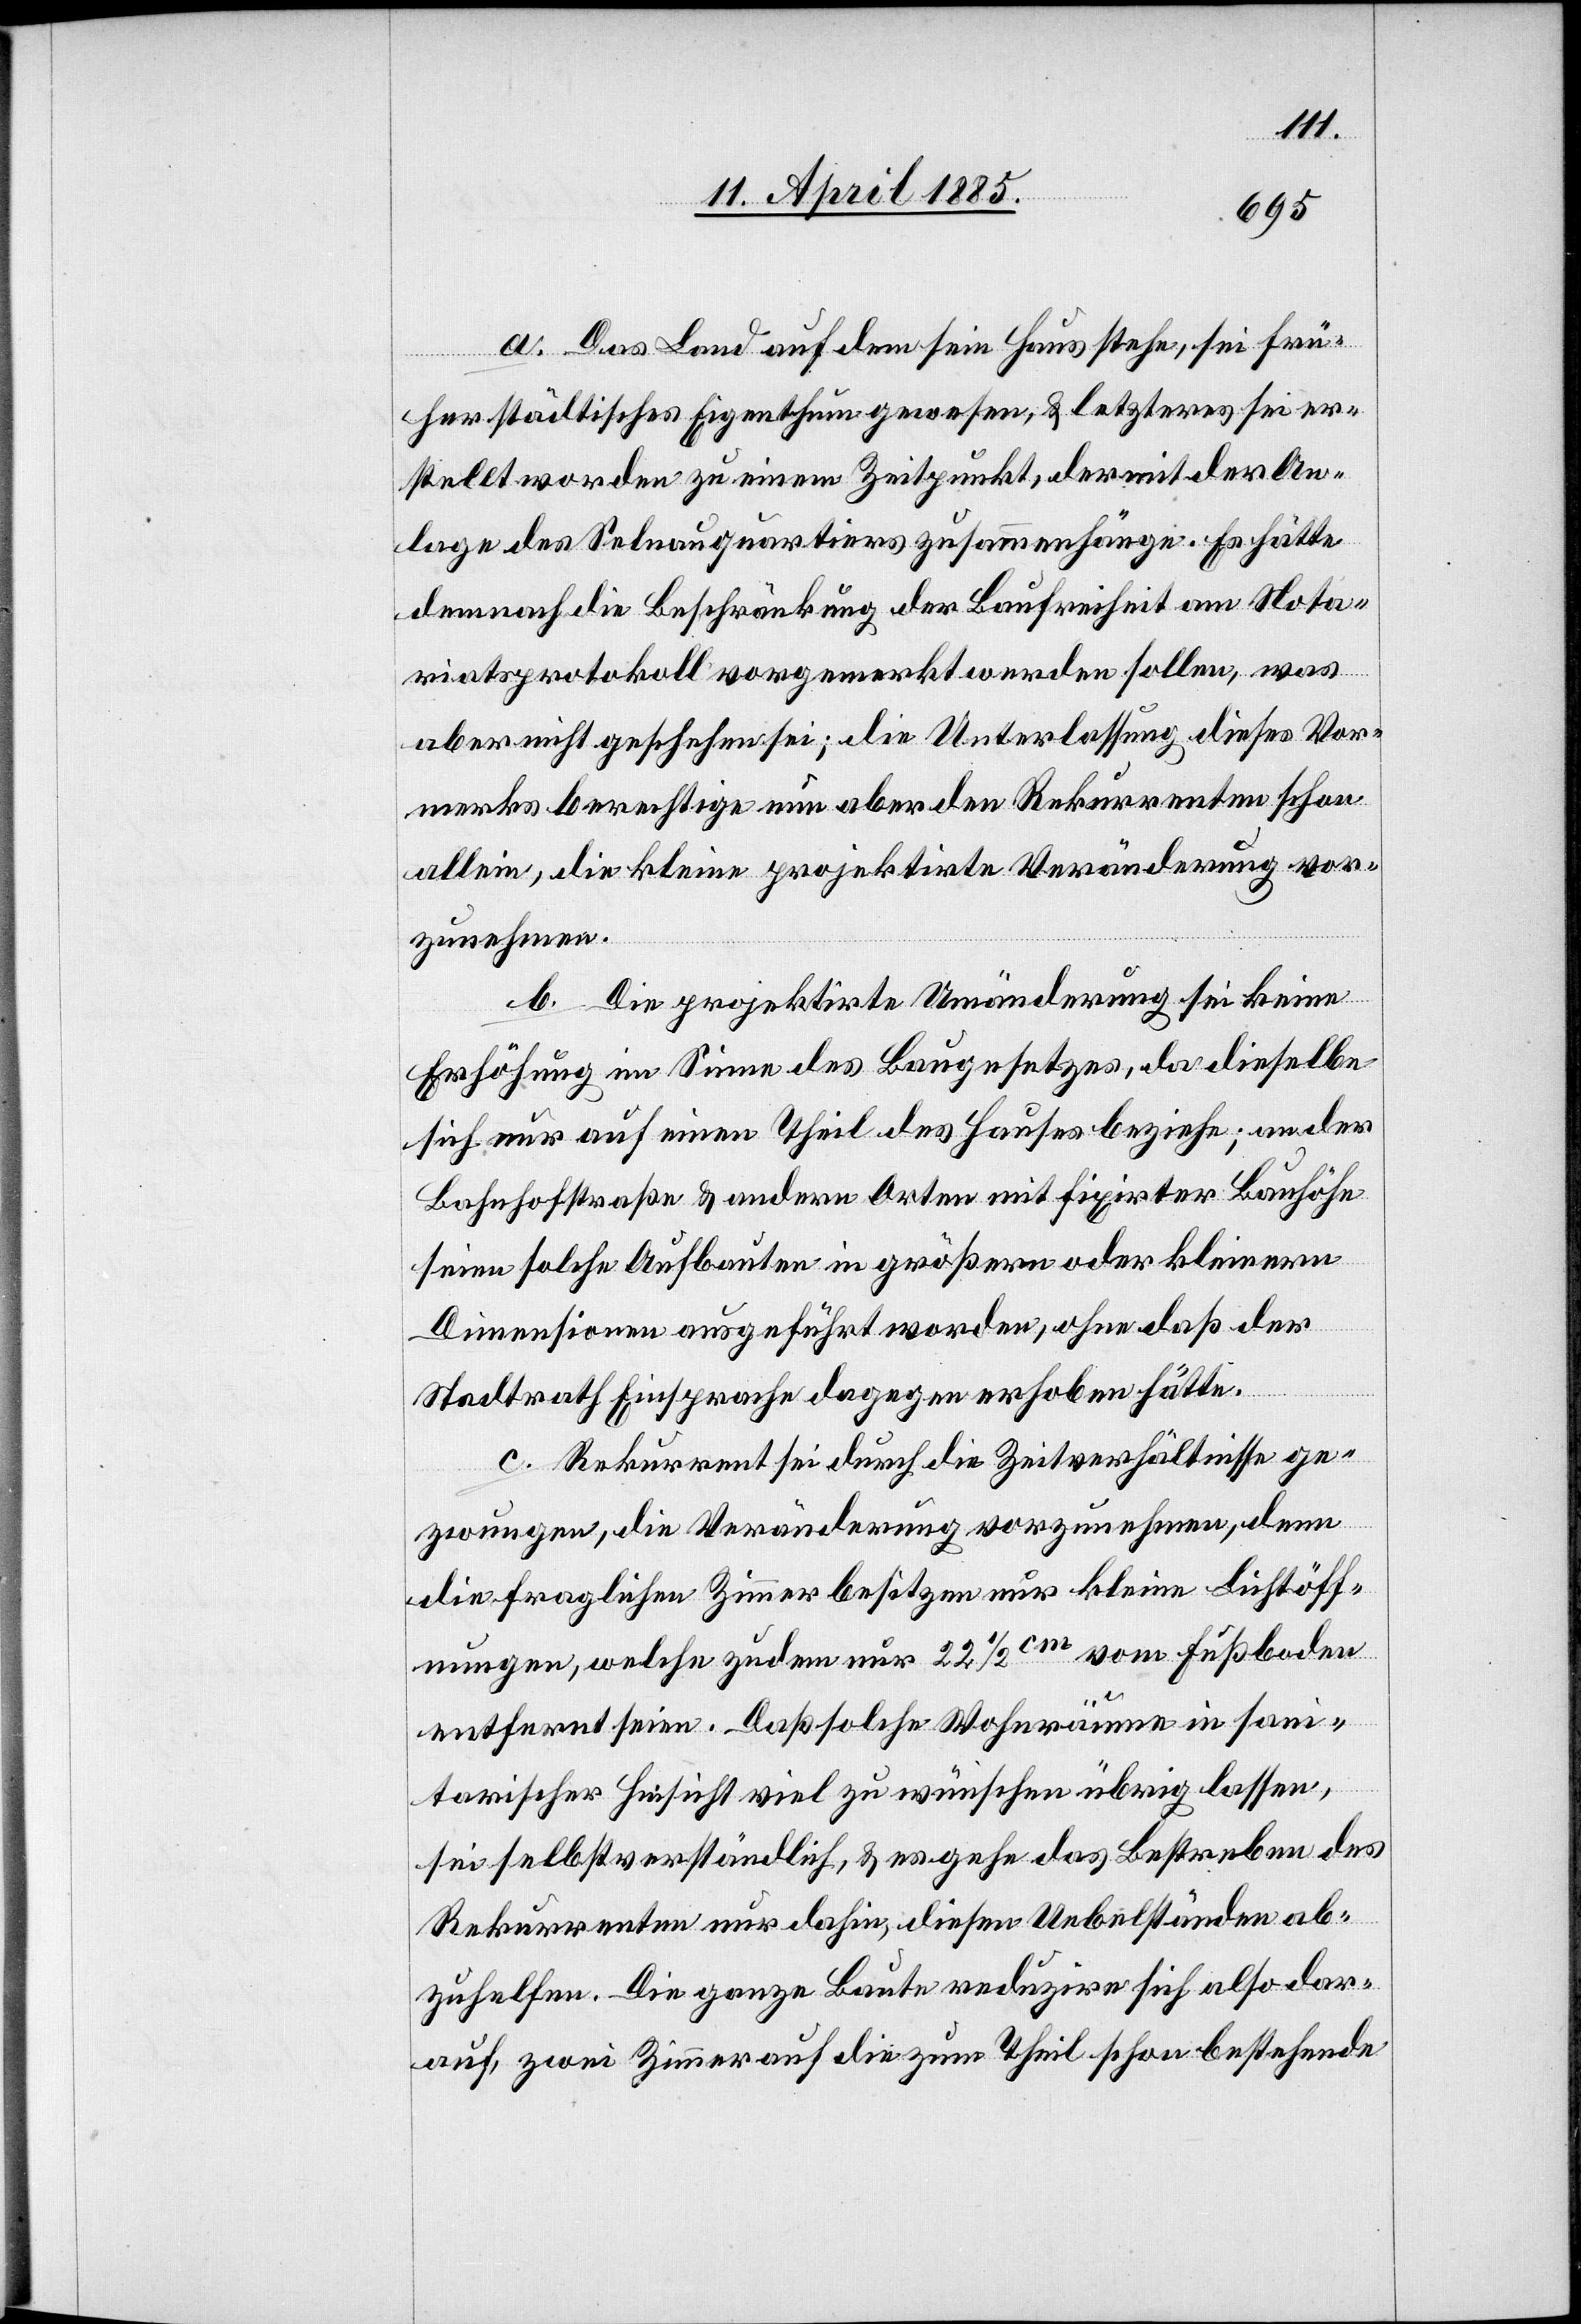
a. Das Land auf dem sein Haus stehe, sei frü¬
her städtisches Eigenthum gewesen, & letzteres sei er¬
stellt worden zu einem Zeitpunkt, der mit der An¬
lage des Selnauquartiers zusammenhänge. Es hätte
demnach die Beschränkung der Baufreiheit am Nota¬
riatsprotokoll vorgemerkt werden sollen, was
aber nicht geschehen sei; die Unterlassung dieses Vor¬
merks berechtige nun aber den Rekurrenten schon
allein, die kleine projektirte Veränderung vor¬
zunehmen.
b. Die projektirte Veränderung sei keine
Erhöhung im Sinne des Baugesetzes, da dieselbe
sich nur auf einen Theil des Hauses beziehe; an der
Bahnhofstraße & andern Orten mit fixirter Bauhöhe
seien solche Aufbauten in größern oder kleinern
Dimensionen ausgeführt worden, ohne daß der
Stadtrath Einsprache dagegen erhoben hätte.
c. Rekurrent sei durch die Zeitverhältnisse ge¬
zwungen, die Veränderung vorzunehmen, denn
die fraglichen Zimmer besitzen nur kleine Lichtöff¬
nungen, welche zudem nur 22 1/2 cm vom Fußboden
entfernt seien. Daß solche Wohnräume in sani¬
tarischer Hinsicht viel zu wünschen übrig lassen,
sei selbstverständlich, & es gehe das Bestreben des
Rekurrenten nur dahin, diesen Übelständen ab¬
zuhelfen. Die ganze Baute reduzirte sich also dar¬
auf, zwei Zimmer auf die zum Theil schon bestehende